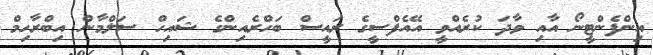
އިންފެންޓީނޯ އާއި ވާދަ ކުރެއްވީ އޭއެފްސީގެ ރައީސް ބަހްރެއިންގެ ޝައިހް ސަލްމާން އިބްރާހިމް